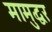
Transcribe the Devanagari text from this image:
मामुद्धर